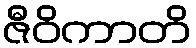
ဇီဝိကာတိ